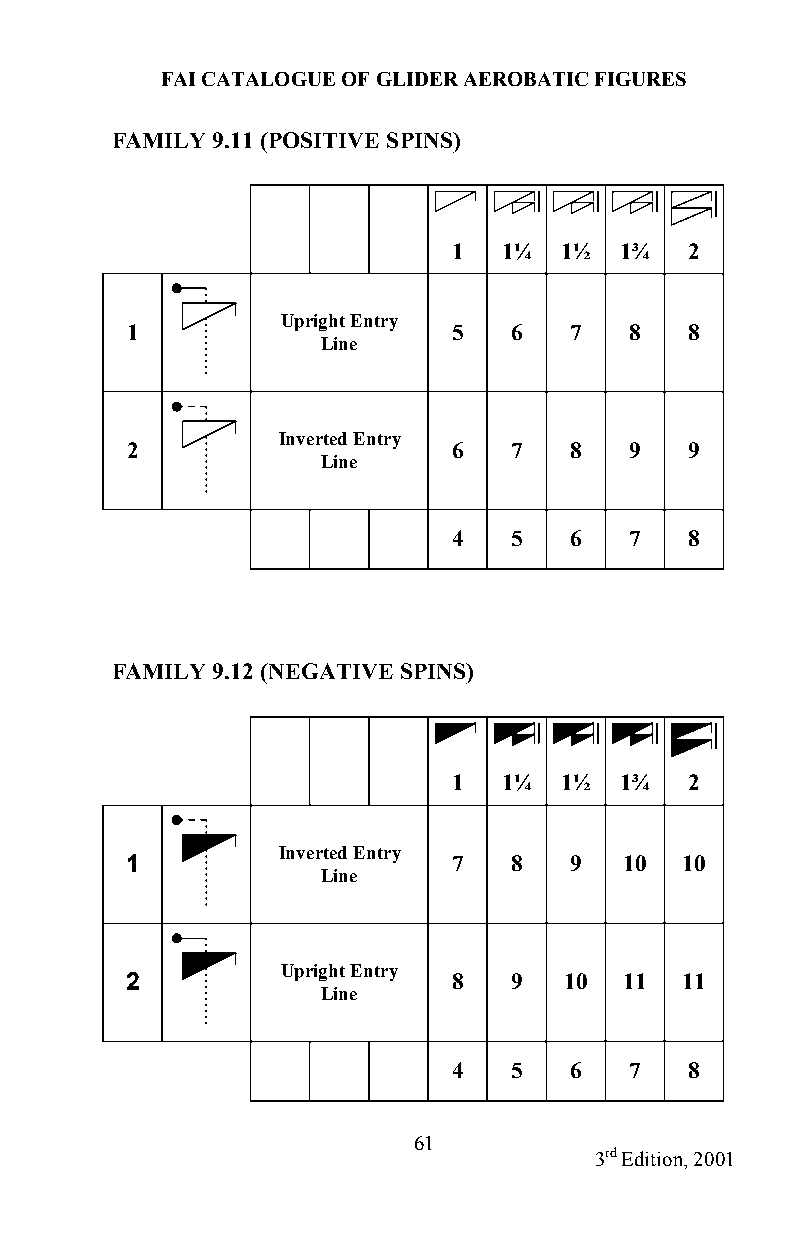
FAI CATALOGUE OF GLIDER AEROBATIC FIGURES
 FAMILY 9.11 (POSITIVE SPINS)
 1  1¼  1½  1¾   2
 Upright Entry
 1                     5   6   7   8   8
 Line
 Inverted Entry
 2                     6   7   8   9   9
 Line
 4   5   6   7   8
 FAMILY 9.12 (NEGATIVE SPINS)
 1  1¼  1½  1¾   2
 Inverted Entry
 1                     7   8   9  10  10
 Line
 Upright Entry
 2                     8   9  10  11  11
 Line
 4   5   6   7   8
 61
 3rd Edition, 2001